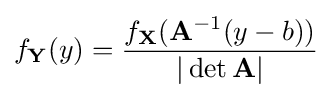
f_{\mathbf {Y} }(y)={\frac {f_{\mathbf {X} }(\mathbf {A} ^{-1}(y-b))}{|\det \mathbf {A} |}}